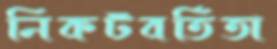
নিকটবর্তিতা